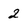
Character: 2